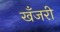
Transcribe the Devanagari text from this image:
खँजरी